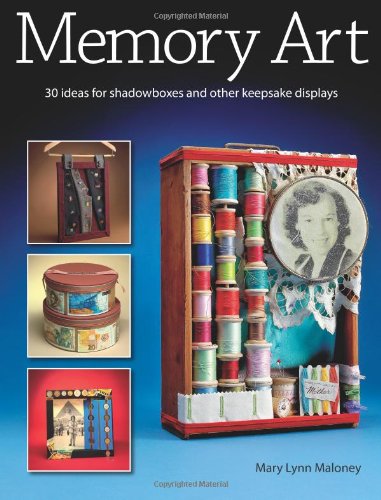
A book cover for Memory Art: 30 ideas for shadowboxes and other keepsake displays; Mary Lynn Maloney; Crafts, Hobbies & Home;